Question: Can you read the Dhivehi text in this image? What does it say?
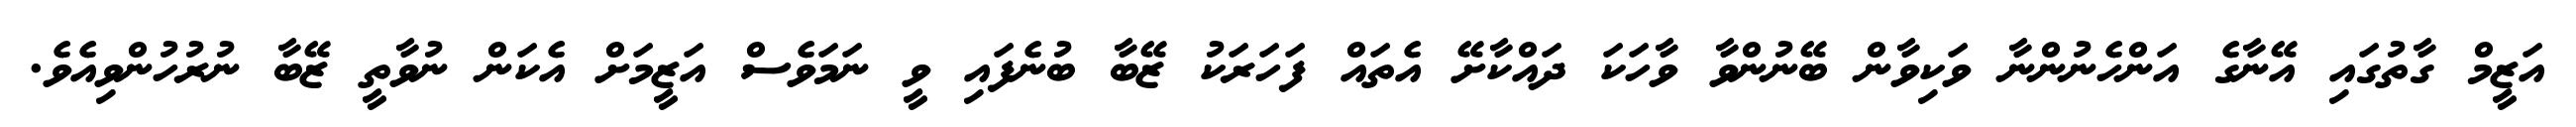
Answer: އަޒީމް ގާތުގައި އޭނާގެ އަންހެނުންނާ ވަކިވާން ބޭނުންވާ ވާހަކަ ދައްކާށޭ އެތައް ފަހަރަކު ޒޭބާ ބުނެފައި ވީ ނަމަވެސް އަޒީމަށް އެކަން ނުވާތީ ޒޭބާ ނުރުހުންވިއެވެ.